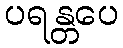
ပရန္တပေ